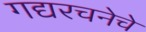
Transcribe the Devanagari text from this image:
गद्यरचनेचे